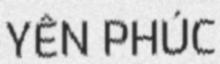
YÊN PHÚC